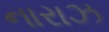
નારાઝ